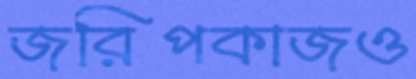
জরিপকাজও